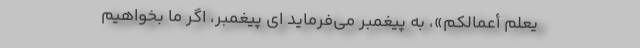
یَعْلَمُ أَعْمالَکُمْ»، به پیغمبر می‌فرماید ای پیغمبر، اگر ما بخواهیم